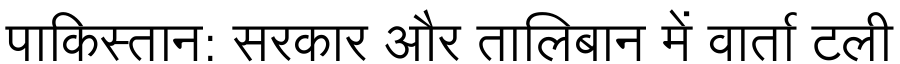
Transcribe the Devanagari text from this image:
पाकिस्तान: सरकार और तालिबान में वार्ता टली